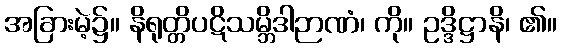
အခြားမဲ့၌။ နိရုတ္တိပဋိသမ္ဘိဒါဉာဏံ၊ ကို။ ဥဒ္ဒိဋ္ဌာနိ၊ ၏။